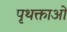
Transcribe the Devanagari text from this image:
पृथक्ताओं